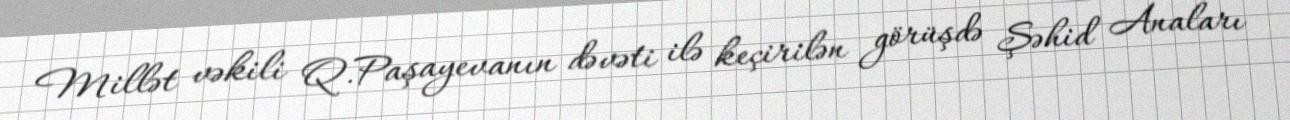
Millət vəkili Q.Paşayevanın dəvəti ilə keçirilən görüşdə Şəhid Anaları